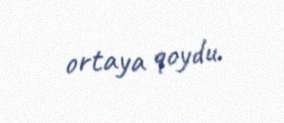
ortaya qoydu.